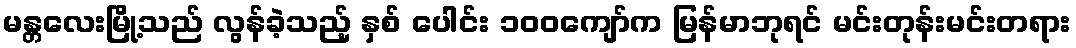
မန္တလေးမြို့သည် လွန်ခဲ့သည့် နှစ် ပေါင်း ၁၀၀ကျော်က မြန်မာဘုရင် မင်းတုန်းမင်းတရား